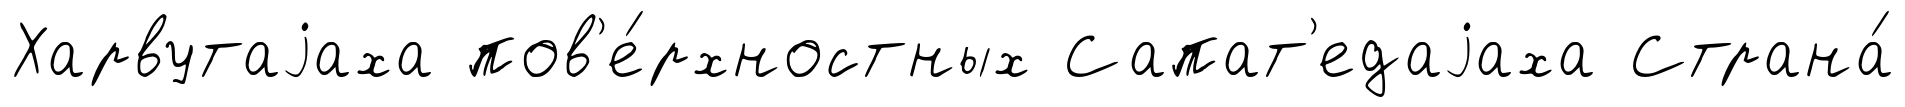
Харвутаjаха пов'е́рхностных Сапат'едаjаха Страна́